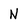
Character: N